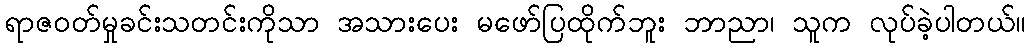
ရာဇဝတ်မှုခင်းသတင်းကိုသာ အသားပေး မဖော်ပြထိုက်ဘူး ဘာညာ၊ သူက လုပ်ခဲ့ပါတယ်။